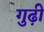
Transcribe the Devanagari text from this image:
गुढ़ी